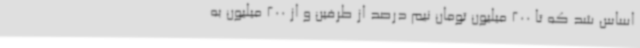
اساس شد که تا 200 میلیون تومان نیم درصد از طرفین و از 200 میلیون به